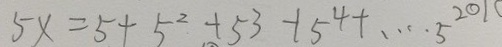
5 x = 5 + 5 ^ { 2 } + 5 ^ { 3 } - 1 5 ^ { 4 } + \cdots 5 ^ { 2 0 1 }